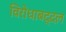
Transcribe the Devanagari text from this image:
विरोधाबद्दल